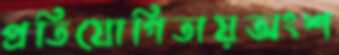
প্রতিযোগিতায়অংশ